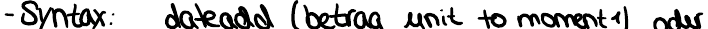
- Syntax: dateadd (betrag unit to moment1) oder